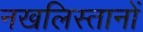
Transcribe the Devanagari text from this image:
नखलिस्तानों